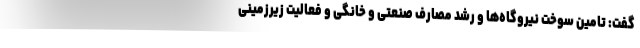
گفت: تامین سوخت نیروگاه‌ها و رشد مصارف صنعتی و خانگی و فعالیت زیرزمینی